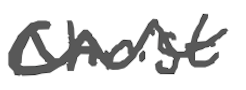
Text: Christ
Cross-out: wave
Writing tool: digital_gray